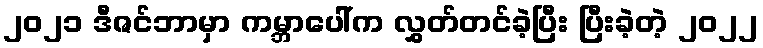
၂၀၂၁ ဒီဇင်ဘာမှာ ကမ္ဘာပေါ်က လွှတ်တင်ခဲ့ပြီး ပြီးခဲ့တဲ့ ၂၀၂၂